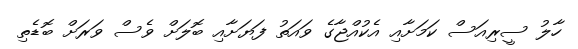
ހާލު ސީރިއަސް ކަމަށާއި އެކުއްޖާގެ ވައަތު ފަޔަށާއި ބޮލަށް ވެސް ވަރަށް ބޮޑެތި